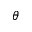
\theta